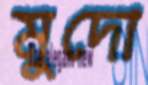
মুদো